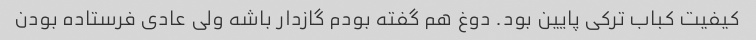
کیفیت کباب ترکی پایین بود. دوغ هم گفته بودم گازدار باشه ولی عادی فرستاده بودن